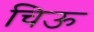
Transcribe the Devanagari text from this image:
चिऊ